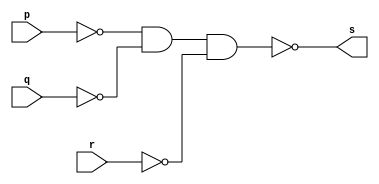

// ------------------------- 
// Exemplo0010 - or
// Nome: Rodrigo Arruda de Assis 
// ------------------------- 

// ------------------------- 
// -- or gate 
// ------------------------- 
	module orgate ( output s,input p, input q, input r); 
	not NOT1(s1,p);
	not NOT2(s2,q);
	not NOT3(s3,r);
	assign s = ~(~p & ~q & ~r); 
	endmodule // orgate 

// --------------------- 
// -- test or gate 
// --------------------- 
	module testorgate; 

// ------------------------- dados locais 
	reg a, b, c; // definir registradores 
	wire s; // definir conexao (fio) 

// ------------------------- instancia 
	orgate OR1 (s, a, b, c); 
// ------------------------- preparacao 
	initial begin:start 
	a=0; b=0; c=0; 
	
	end 

// ------------------------- parte principal 
	initial begin 
		$display("Exemplo 0010 - Rodrigo Arruda de Assis - 427460"); 
		$display("Test OR gate"); 
		$display("\n a & b & c = s\n"); 

		a=0; b=0; c=0; 
			#1 $display("%b & %b & %b= %b", a, b, c, s); 
		a=0; b=0;c=1; 
			#1 $display("%b & %b & %b= %b", a, b, c, s); 
		a=0; b=1;c=0; 
			#1 $display("%b & %b & %b= %b", a, b, c, s); 
		a=0; b=1;c=1; 
			#1 $display("%b & %b & %b= %b", a, b, c, s); 
		a=1; b=0;c=0; 
			#1 $display("%b & %b & %b= %b", a, b, c, s);  
		a=1; b=0;c=1; 
			#1 $display("%b & %b & %b= %b", a, b, c, s); 
		a=1; b=1;c=0; 
			#1 $display("%b & %b & %b= %b", a, b, c, s); 
		a=1; b=1;c=1; 
			#1 $display("%b & %b & %b= %b", a, b, c, s); 
	end 

	endmodule // testorgate
		
	
//---------------

//	Exemplo 0010 - Rodrigo Arruda de Assis - 427460
//	Test OR gate
	
// a & b & c = s
// 0 & 0 & 0= 0
// 0 & 0 & 1= 1
// 0 & 1 & 0= 1
// 0 & 1 & 1= 1
// 1 & 0 & 0= 1
// 1 & 0 & 1= 1
// 1 & 1 & 0= 1
// 1 & 1 & 1= 1

//---------------